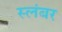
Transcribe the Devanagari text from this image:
स्लंबर